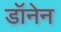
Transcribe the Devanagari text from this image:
डॉनेन